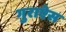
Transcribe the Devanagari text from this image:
गुराऐस